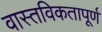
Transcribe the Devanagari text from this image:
वास्तविकतापूर्ण